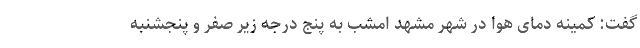
گفت: کمینه دمای هوا در شهر مشهد امشب به پنج درجه زیر صفر و پنجشنبه